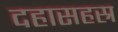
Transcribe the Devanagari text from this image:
दहासहस्र